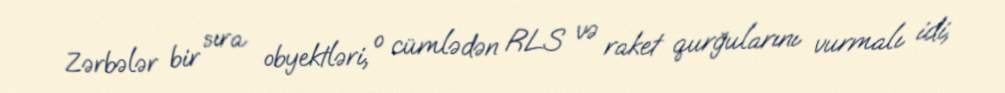
Zərbələr bir sıra obyektləri, o cümlədən RLS və raket qurğularını vurmalı idi,